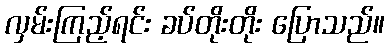
လှမ်းကြည့်ရင်း ခပ်တိုးတိုး ပြောသည်။